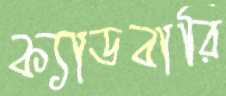
ক্যাডবারি